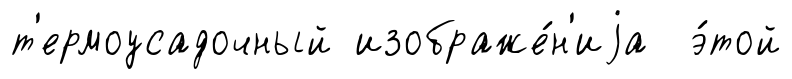
т'ермоусадочный изображе́н'иjа э́той